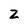
Character: Z